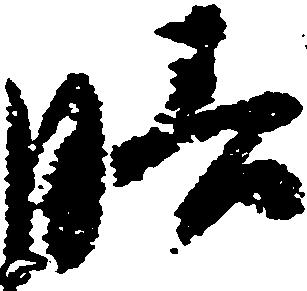
膳